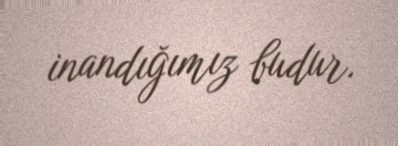
inandığımız budur.